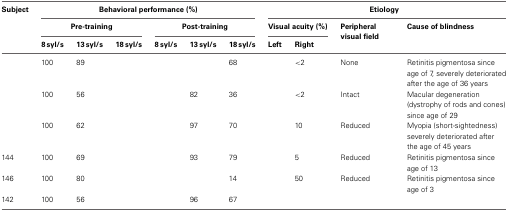
<table><thead><tr><td><b>Subject</b></td><td colspan="6"><b>Behavioral performance (%)</b></td><td colspan="4"><b>Etiology</b></td></tr><tr><td>[EMPTY_CELL]</td><td colspan="3"><b>Pre-training</b></td><td colspan="3"><b>Post-training</b></td><td colspan="2"><b>Visual acuity (%)</b></td><td><b>Peripheral visual field</b></td><td><b>Cause of blindness</b></td></tr><tr><td>[EMPTY_CELL]</td><td><b>8 syl/s</b></td><td><b>13 syl/s</b></td><td><b>18 syl/s</b></td><td><b>8 syl/s</b></td><td><b>13 syl/s</b></td><td><b>18 syl/s</b></td><td><b>Left</b></td><td><b>Right</b></td><td>[EMPTY_CELL]</td><td>[EMPTY_CELL]</td></tr></thead><tbody><tr><td>[EMPTY_CELL]</td><td>100</td><td>89</td><td>[EMPTY_CELL]</td><td>[EMPTY_CELL]</td><td>[EMPTY_CELL]</td><td>68</td><td>[EMPTY_CELL]</td><td>&lt;2</td><td>None</td><td>Retinitis pigmentosa since age of 7, severely deteriorated after the age of 36 years</td></tr><tr><td>[EMPTY_CELL]</td><td>100</td><td>56</td><td>[EMPTY_CELL]</td><td>[EMPTY_CELL]</td><td>82</td><td>36</td><td>[EMPTY_CELL]</td><td>&lt;2</td><td>Intact</td><td>Macular degeneration (dystrophy of rods and cones) since age of 29</td></tr><tr><td>[EMPTY_CELL]</td><td>100</td><td>62</td><td>[EMPTY_CELL]</td><td>[EMPTY_CELL]</td><td>97</td><td>70</td><td>[EMPTY_CELL]</td><td>10</td><td>Reduced</td><td>Myopia (short-sightedness) severely deteriorated after the age of 45 years</td></tr><tr><td>144</td><td>100</td><td>69</td><td>[EMPTY_CELL]</td><td>[EMPTY_CELL]</td><td>93</td><td>79</td><td>[EMPTY_CELL]</td><td>5</td><td>Reduced</td><td>Retinitis pigmentosa since age of 13</td></tr><tr><td>146</td><td>100</td><td>80</td><td>[EMPTY_CELL]</td><td>[EMPTY_CELL]</td><td>[EMPTY_CELL]</td><td>14</td><td>[EMPTY_CELL]</td><td>50</td><td>Reduced</td><td>Retinitis pigmentosa since age of 3</td></tr><tr><td>142</td><td>100</td><td>56</td><td>[EMPTY_CELL]</td><td>[EMPTY_CELL]</td><td>96</td><td>67</td><td colspan="2">[EMPTY_CELL]</td><td>[EMPTY_CELL]</td><td>[EMPTY_CELL]</td></tr></tbody></table>